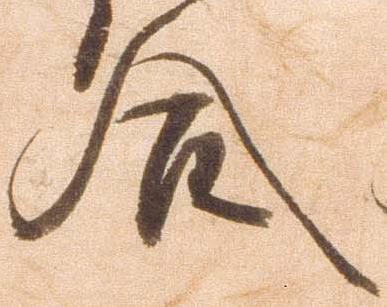
合